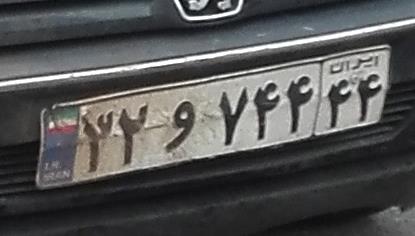
۳۲و۷۴۴۴۴